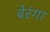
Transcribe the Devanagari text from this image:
बेरंगा